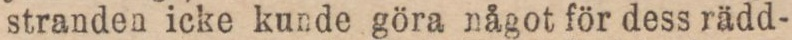
stranden icke kunde göra något för dess rädd-